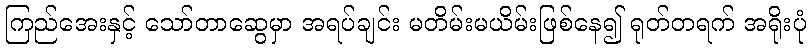
ကြည်အေးနှင့် သော်တာဆွေမှာ အရပ်ချင်း မတိမ်းမယိမ်းဖြစ်နေ၍ ရုတ်တရက် အရိုးပုံ